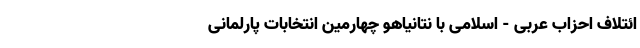
ائتلاف احزاب عربی - اسلامی با نتانیاهو چهارمین انتخابات پارلمانی